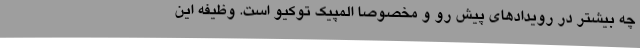
چه بیشتر در رویدادهای پیش رو و مخصوصا المپیک توکیو است. وظیفه این